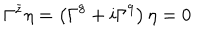
\Gamma ^ { \bar { z } } \eta = \left( \Gamma ^ { 8 } + i \Gamma ^ { 9 } \right) \eta = 0